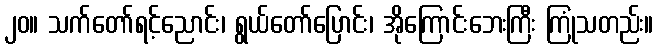
၂၀။ သက်တော်ရင့်ညောင်း၊ ရွယ်တော်ပြောင်း၊ အိုကြောင်းဘေးကြီး ကြုံသတည်း။